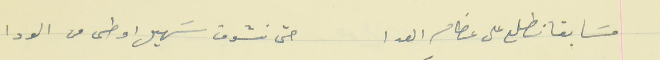
مسَابقا نطلع على عظام العدا                                  حتى نشوف سَهيل اوطى من الودا